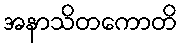
အနာသိတကောတိ